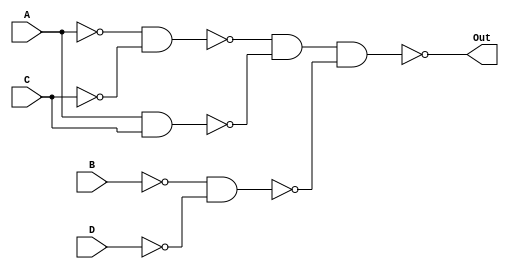
/////////////////////////////////////////////////////////////////////
// ---------------------- IVCAD 2023 Spring ---------------------- //
// ---------------------- Editor: Zhi-Yu Chen (Willy) ------------ //
// ---------------------- Version : v.1.00  ---------------------- //
// ---------------------- Date : 2023.02    ---------------------- //
// ---------------------- K-map simplifier  ---------------------- // 
/////////////////////////////////////////////////////////////////////

module kmap(A,B,C,D,Out);

input A,B,C,D;
output Out;
wire A1,C1,B1,D1,O1,O2,O3;
   

/* write your code here */
nand AN(A1,A,A);
nand CN(C1,C,C);
nand ACN(O1,A1,C1);

nand AC(O2,A,C);

nand BN(B1,B,B);
nand DN(D1,D,D);
nand BD(O3,B1,D1);
nand OU(Out,O1,O2,O3);
   
   
   
   
   

endmodule